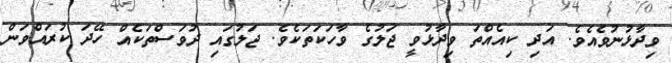
ވިދާޅުނުވެއެވެ. އަދި ކިއެއްތަ ވިދާޅުވީ ޖަލުގެ ވާހަކަތަކެވެ. ޖަލުގައި ދުވަސްތަކެއް ހޭދަ ކުރައްވަން